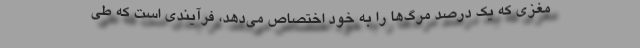
مغزی که یک درصد مرگ‌ها را به خود اختصاص می‌دهد، فرآیندی است که طی